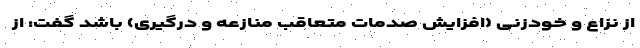
از نزاع و خودزنی (افزایش صدمات متعاقب منازعه و درگیری) باشد گفت: از